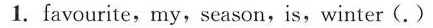
1.favourite,my,season,is, winter(.)